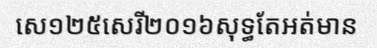
សេ១២៥សេរី២០១៦សុទ្ធតែអត់មាន